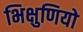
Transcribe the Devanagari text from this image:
भिक्षुणियो